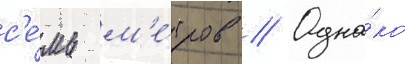
с'е́мь м'е́тров // Одна́ко